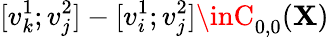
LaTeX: [v_{k}^{1};v_{j}^{2}]-[v_{i}^{1};v_{j}^{2}]\inC_{0,0}(\mathbf{X})